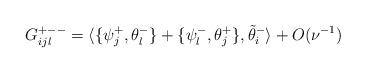
LaTeX: \begin{align*} G_{ijl}^{ + --}=\langle \{\psi_j^{+}, \theta_l^{-}\} + \{\psi_l^{-}, \theta_j^{+}\}, \tilde \theta_i^{-} \rangle + O(\nu^{-1})\end{align*}